Plague in India, 1896, 1897 - Volume 1
Year: 1896
Disease focus: Plague
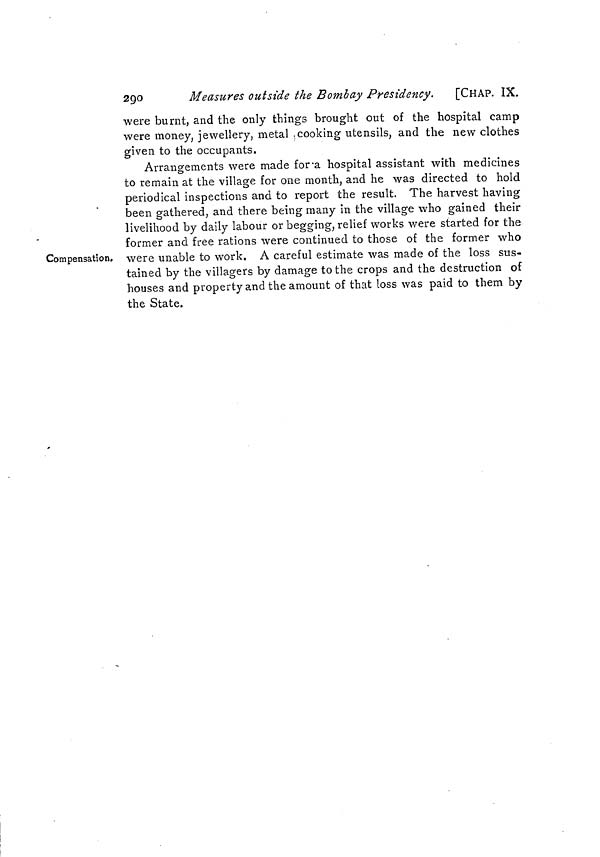
290
Measures outside the Bombay Presidency.
[CHAP. IX.
were burnt, and the only things brought out of the hospital camp
were money, jewellery, metal cooking utensils, and the new clothes
given to the occupants.
Compensation.
Arrangements were made for a hospital assistant with medicines
to remain at the village for one month, and he was directed to hold
periodical inspections and to report the result. The harvest having
been gathered, and there being many in the village who gained their
livelihood by daily labour or begging, relief works were started for the
former and free rations were continued to those of the former who
were unable to work. A careful estimate was made of the loss sus-
tained by the villagers by damage to the crops and the destruction of
houses and property and the amount of that loss was paid to them by
the State.